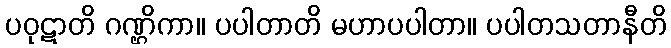
ပဝုဋာတိ ဂဏ္ဌိကာ။ ပပါတာတိ မဟာပပါတာ။ ပပါတသတာနီတိ